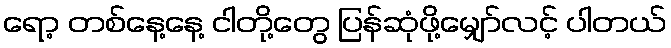
ရော့ တစ်နေ့နေ့ ငါတို့တွေ ပြန်ဆုံဖို့မျှော်လင့် ပါတယ်